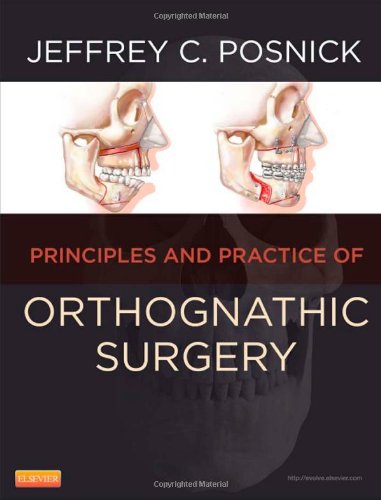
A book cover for Orthognathic Surgery - 2 Volume Set: Principles and Practice, 1e; Jeffrey C. Posnick DMD  MD  FRCS(C)  FACS; Medical Books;